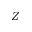
Z